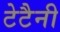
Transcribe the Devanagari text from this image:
टेटैनी